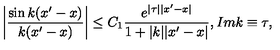
\left| \frac { \sin k ( x ^ { \prime } - x ) } { k ( x ^ { \prime } - x ) } \right| \leq C _ { 1 } \frac { e ^ { | \tau | | x ^ { \prime } - x | } } { 1 + | k | | x ^ { \prime } - x | } , I m k \equiv \tau ,